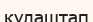
құлаштап